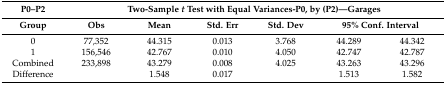
| P0–P2 | <COLSPAN=6> Two-Sample t Test with Equal Variances-P0, by (P2)—Garages |
 | Group | Obs | Mean | Std. Err | Std. Dev | <COLSPAN=2> 95% Conf. Interval |
 | --- | --- | --- | --- | --- | --- | --- |
 | 0 | 77,352 | 44.315 | 0.013 | 3.768 | 44.289 | 44.342 |
 | 1 | 156,546 | 42.767 | 0.010 | 4.050 | 42.747 | 42.787 |
 | Combined | 233,898 | 43.279 | 0.008 | 4.025 | 43.263 | 43.296 |
 | Difference |  | 1.548 | 0.017 |  | 1.513 | 1.582 |